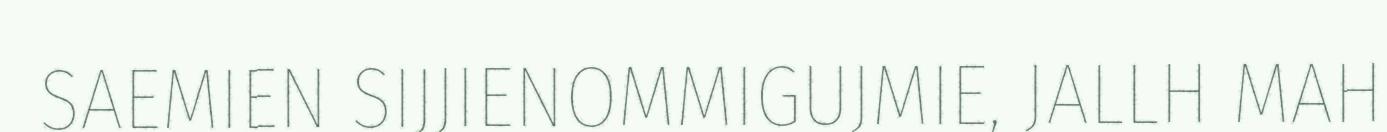
SAEMIEN SIJJIENOMMIGUJMIE, JALLH MAH